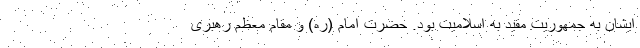
ایشان به جمهوریت مقید به اسلامیت بود. حضرت امام (ره) و مقام معظم رهبری